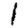
Digit: 1